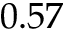
0 . 5 7